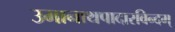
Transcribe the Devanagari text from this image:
उमानाथपादारविन्दम्